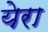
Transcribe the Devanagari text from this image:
येरा